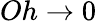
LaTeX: Oh\rightarrow 0